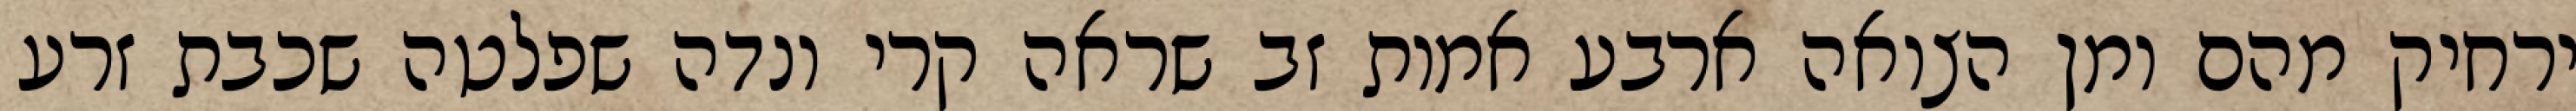
ירחיק מהם ומן הצואה ארבע אמות זב שראה קרי ונדה שפלטה שכבת זרע